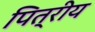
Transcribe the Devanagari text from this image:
पित्रीय